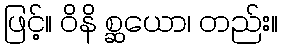
ဖြင့်။ ဝိနိ စ္ဆယော၊ တည်း။